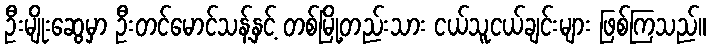
ဦးမျိုးဆွေမှာ ဦးတင်မောင်သန့်နှင့် တစ်မြို့တည်းသား ငယ်သူငယ်ချင်းများ ဖြစ်ကြသည်။